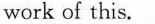
work of this.